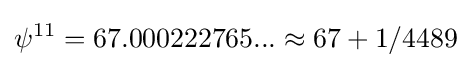
\psi ^{11}=67.000222765...\approx 67+1/4489